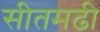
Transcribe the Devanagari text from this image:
सीतमढी